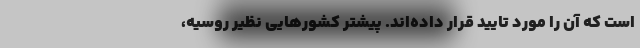
است که آن را مورد تایید قرار داده‌اند. پیشتر کشورهایی نظیر روسیه،